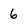
Character: 6